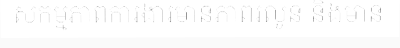
សកម្មភាពការងារមានភាពរលូន និងមាន